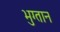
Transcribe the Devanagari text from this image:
भुग्तान